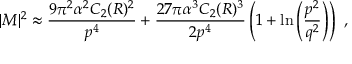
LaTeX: | { \cal M } | ^ { 2 } \approx { \frac { 9 \pi ^ { 2 } \alpha ^ { 2 } C _ { 2 } ( R ) ^ { 2 } } { p ^ { 4 } } } + { \frac { 2 7 \pi \alpha ^ { 3 } C _ { 2 } ( R ) ^ { 3 } } { 2 p ^ { 4 } } } \left( 1 + \ln \left( { \frac { p ^ { 2 } } { q ^ { 2 } } } \right) \right) ~ ,